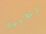
خطيره